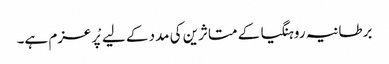
برطانیہ روہنگیا کے متاثرین کی مدد کے لیے پْرعزم ہے۔